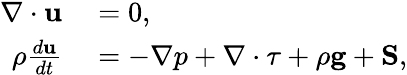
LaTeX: \begin{array}{rl}{\nabla\cdot\mathbf{u}}&{{}=0,}\\ {\rho\frac{d\mathbf{u}}{dt}}&{{}=-\nabla p+\nabla\cdot\mathbf{\tau}+\rho\mathbf{g}+\mathbf{S},}\end{array}